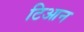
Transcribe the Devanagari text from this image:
टिआन